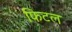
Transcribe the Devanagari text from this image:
फिटल